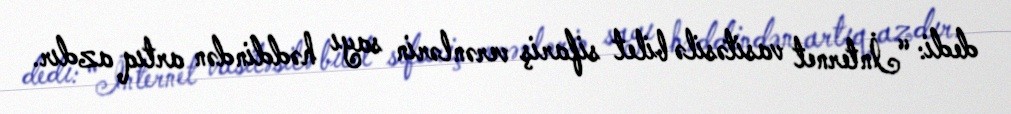
dedi: “İnternet vasitəsilə bilet sifariş verənlərin sayı həddindən artıq azdır.